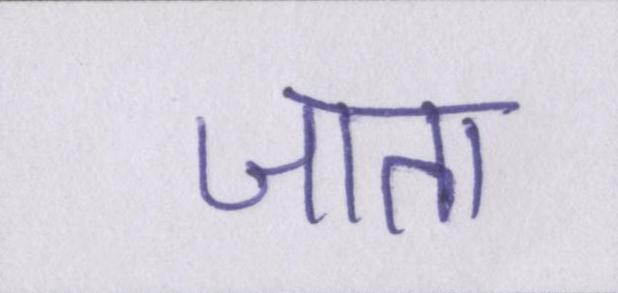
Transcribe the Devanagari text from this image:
जाता